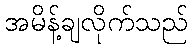
အမိန့်ချလိုက်သည်